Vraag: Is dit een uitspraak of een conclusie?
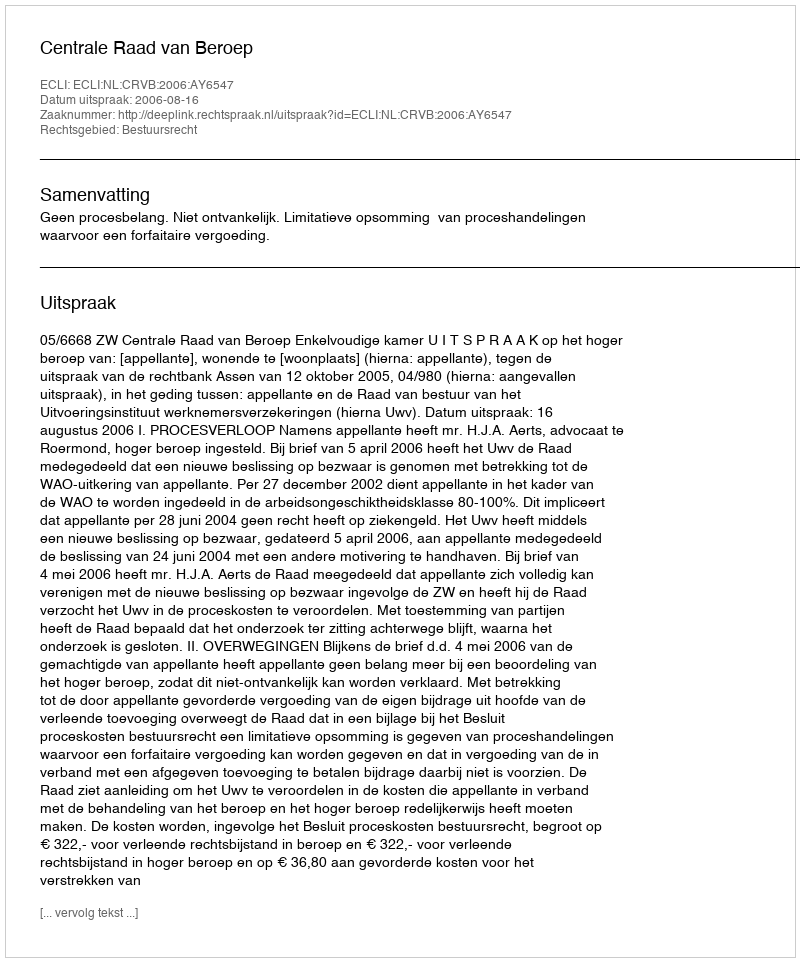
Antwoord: Uitspraak